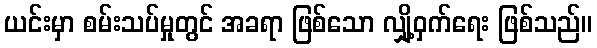
ယင်းမှာ စမ်းသပ်မှုတွင် အခရာ ဖြစ်သော လျှို့ဝှက်ရေး ဖြစ်သည်။